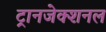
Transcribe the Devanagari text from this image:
ट्रानजेक्शनल